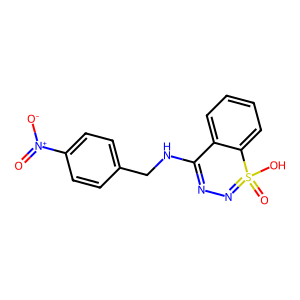
SMILES: O=[N+]([O-])c1ccc(CNC2=NN=S(=O)(O)c3ccccc32)cc1
Inhibits HIV replication: Yes